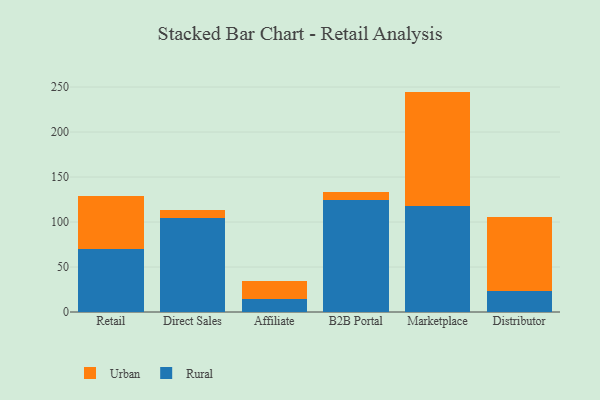
{"axis": {"x": "Channel", "y": "LTV (USD)"}, "legend": ["Rural", "Urban"], "data": [{"x": "Retail", "y": 69.9, "type": "Rural"}, {"x": "Retail", "y": 59.3, "type": "Urban"}, {"x": "Direct Sales", "y": 104.0, "type": "Rural"}, {"x": "Direct Sales", "y": 9.6, "type": "Urban"}, {"x": "Affiliate", "y": 14.5, "type": "Rural"}, {"x": "Affiliate", "y": 19.8, "type": "Urban"}, {"x": "B2B Portal", "y": 124.8, "type": "Rural"}, {"x": "B2B Portal", "y": 9.0, "type": "Urban"}, {"x": "Marketplace", "y": 117.4, "type": "Rural"}, {"x": "Marketplace", "y": 127.5, "type": "Urban"}, {"x": "Distributor", "y": 23.4, "type": "Rural"}, {"x": "Distributor", "y": 82.5, "type": "Urban"}]}